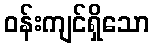
ဝန်းကျင်ရှိသော